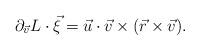
LaTeX: \begin{align*} \partial_{\vec v}L\cdot \vec \xi=\vec u\cdot \vec v\times (\vec r\times \vec v).\end{align*}